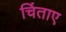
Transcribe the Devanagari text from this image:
चिंताए